Indian journal of veterinary science and animal husbandry - Volumes 22-23, 1952-1953
Year: 1952
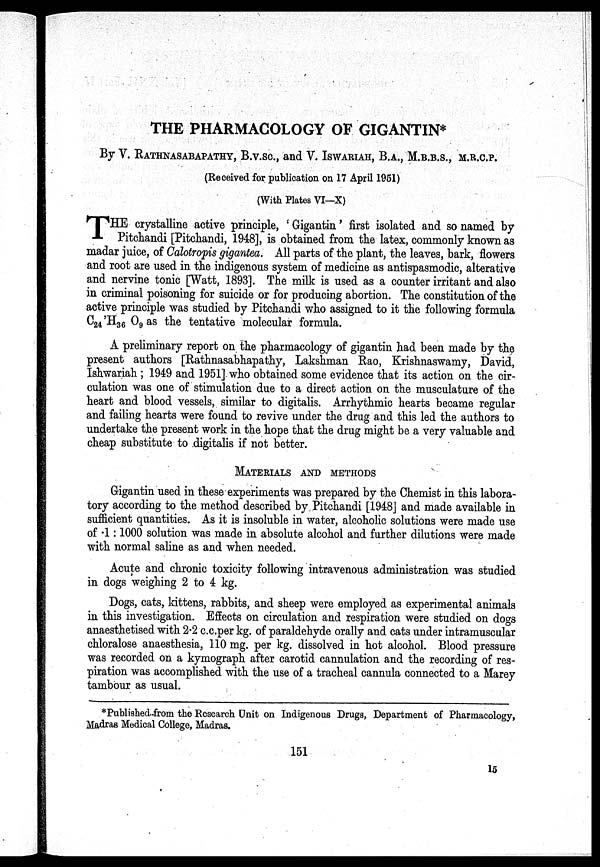
THE PHARMACOLOGY OF GIGANTIN*
By V. RATHNASABAPATHY, B.V.SC., and V. ISWARIAH, B.A., M.B.B.S., M.R.C.P.
(Received for publication on 17 April 1951)
(With Plates VI—X)
T HE crystalline active principle, 'Gigantin' first isolated and so named by
Pitchandi [Pitchandi, 1948], is obtained from the latex, commonly known as
madar juice, of Calotropis gigantea. All parts of the plant, the leaves, bark, flowers
and root are used in the indigenous system of medicine as antispasmodic, alterative
and nervine tonic [Watt, 1893]. The milk is used as a counter irritant and also
in criminal poisoning for suicide or for producing abortion. The constitution of the
active principle was studied by Pitchandi who assigned to it the following formula
C 24 'H 36 O 9 as the tentative molecular formula.
A preliminary report on the pharmacology of gigantin had been made by the
present authors [Rathnasabhapathy, Lakshman Rao, Krishnaswamy, David,
Ishwariah; 1949 and 1951]. who obtained some evidence that its action on the cir-
culation was one of stimulation due to a direct action on the musculature of the
heart and blood vessels, similar to digitalis. Arrhythmic hearts became regular
and failing hearts were found to revive under the drug and this led the authors to
undertake the present work in the hope that the drug might be a very valuable and
cheap substitute to digitalis if not better.
MATERIALS AND METHODS
Gigantin used in these experiments was prepared by the Chemist in this labora-
tory according to the method described by Pitchandi [1948] and made available in
sufficient quantities. As it is insoluble in water, alcoholic solutions were made use
of 1:1000 solution was made in absolute alcohol and further dilutions were made
with normal saline as and when needed.
Acute and chronic toxicity following intravenous administration was studied
in dogs weighing 2 to 4 kg.
Dogs, cats, kittens, rabbits, and sheep were employed as experimental animals
in this investigation. Effects on circulation and respiration were studied on dogs
anaesthetised with 2.2 c.c.per kg. of paraldehyde orally and cats under intramuscular
chloralose anaesthesia, 110 mg. per kg. dissolved in hot alcohol. Blood pressure
was recorded on a kymograph after carotid cannulation and the recording of res-
piration was accomplished with the use of a tracheal cannula connected to a Marey
tambour as usual.
*Published from the Research Unit on Indigenous Drugs, Department of Pharmacology,
Madras Medical College, Madras.
151
15